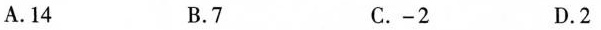
A. 14 B. 7 C.-2 D. 2